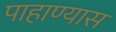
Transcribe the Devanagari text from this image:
पाहाण्यास